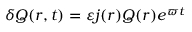
\delta Q ( r , t ) = \varepsilon j ( r ) Q ( r ) e ^ { \varpi t }